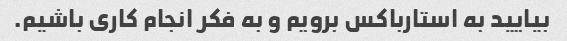
بیایید به استارباکس برویم و به فکر انجام کاری باشیم.